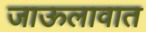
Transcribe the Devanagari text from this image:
जाऊलावात